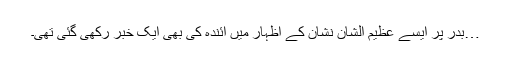
…بدر پر ایسے عظیم الشان نشان کے اظہار میں آئندہ کی بھی ایک خبر رکھی گئی تھی۔